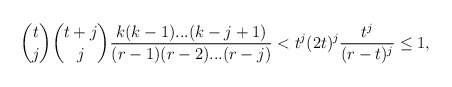
\begin{align*}\binom{t}{j}\binom{t+j}{j}\frac{k(k-1)...(k-j+1)}{(r-1)(r-2)...(r-j)}< t^j(2t)^j\frac{t^j}{(r-t)^j}\leq 1,\end{align*}